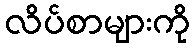
လိပ်စာများကို